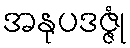
အနုပဒဇ္ဇုံ